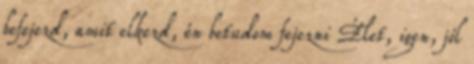
befejezd, amit elkezd, én betudom fejezni Élet, igen, jól